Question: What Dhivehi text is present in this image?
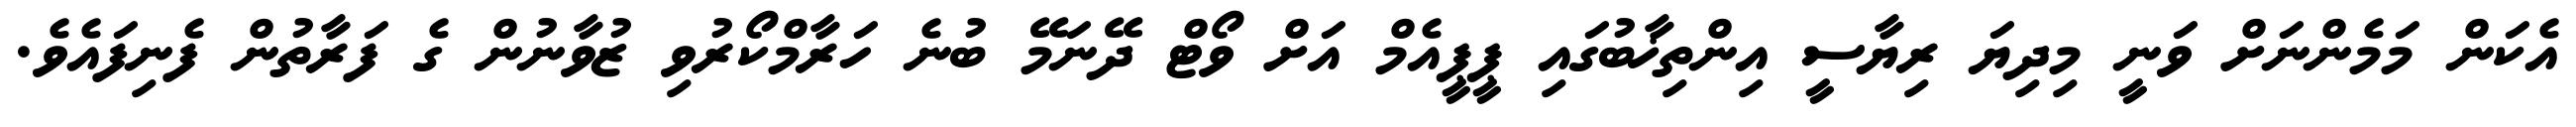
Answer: އެކަން މަމެންނަށް ވަނީ މިދިޔަ ރިޔާސީ އިންތިޚާބުގައި ޕީޕީއެމް އަށް ވޯޓް ދޭނަމޭ ބުނެ ހަރާމްކޯރުވި ޒުވާނުން ގެ ފަރާތުން ފެނިފައެވެ.